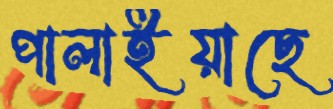
পালাইয়াছে